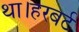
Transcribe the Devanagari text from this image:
था।हरबर्ट